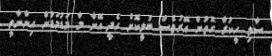
ސާލި ހީކުރާ ގޮތުން އޭރުވެސް ބުލީކޮށް ހެދީ އޭނާ މާ މަަޑުމަޑުން އިންނާތީ